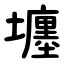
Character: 㙻